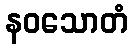
နဝသောတံ